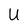
Character: U